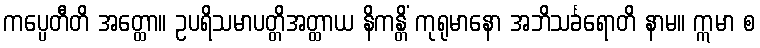
ကပ္ပေတီတိ အတ္ထော။ ဥပရိသမာပတ္တိအတ္ထာယ နိကန္တိံ ကုရုမာနော အဘိသင်္ခရောတိ နာမ။ ဣမာ စ